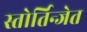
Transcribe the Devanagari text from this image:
स्तोर्तिन्जेत